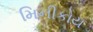
મિનીકોય